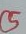
Text: C5